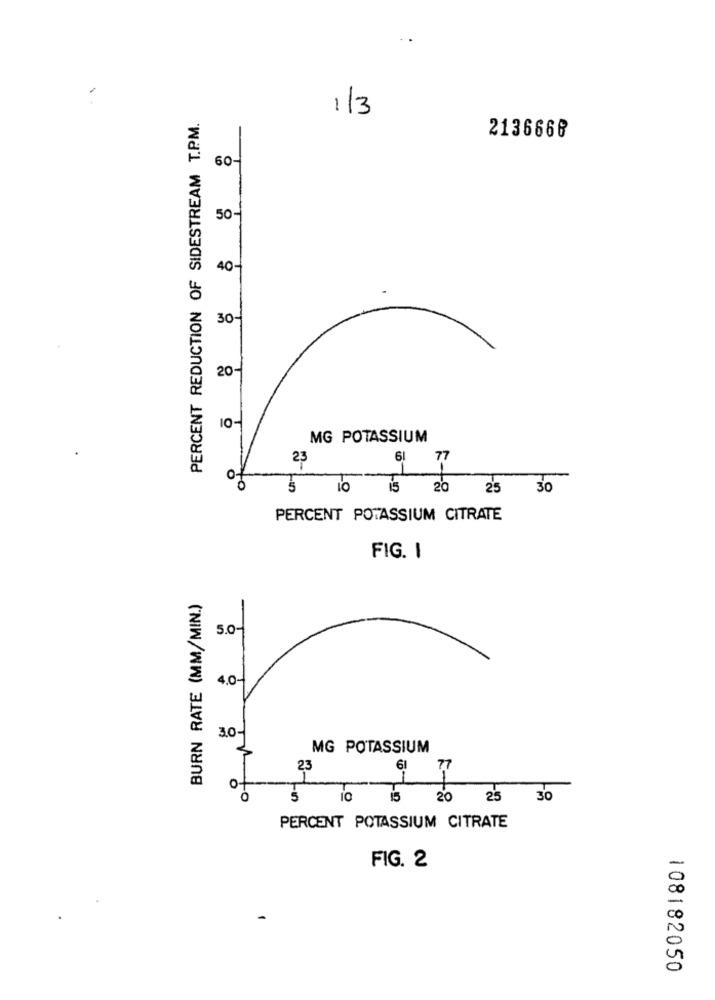
1/3
PERCENT REDUCTION OF SIDESTREAM T.P.M.
2136668
60-
50-
40-
30-
20-
10-
MG POTASSIUM
23
61 77
1
1
O
IO
20
25
30
PERCENT POTASSIUM CITRATE
FIG. I
BURN RATE (MM/MIN.)
5.0-
4.0-
3.0-
MG POTASSIUM
23
61
77
o-
LO
20
25
30
PERCENT POTASSIUM CITRATE
FIG. 2
108182050